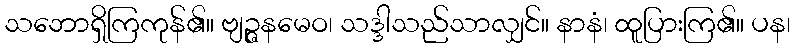
သဘောရှိကြကုန်၏။ ဗျဉ္ဇနမေဝ၊ သဒ္ဒါသည်သာလျှင်။ နာနံ၊ ထူပြားကြ၏။ ပန၊